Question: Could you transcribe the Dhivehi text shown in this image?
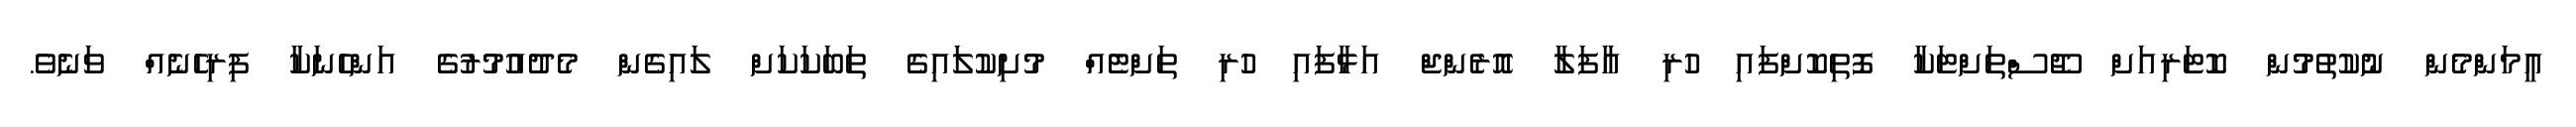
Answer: އީމަންމެން ނުކުތުމުން ކޮޓަރިއަށް ޖޫސްތަށްޓަކާ ފޮތިކޮށްފައި ހުރި އާފަލާ އޮރެންޖް އަޅާފައި ހުރި ތަށްޓެއް މުށިކުލައިގެ ތަބަކަކަށް ލައިގެން މެދުއުމުރުގެ އަންހެނަކާ ފިރިހެނެއް ވަނެވެ.